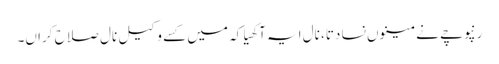
رنپوچے نے مینوں نسا دتا، نال ایہ آکھیا کہ میں کسے وکیل نال صلاح کراں۔